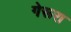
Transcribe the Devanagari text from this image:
गेरूरा